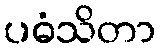
ပဓံသိတာ